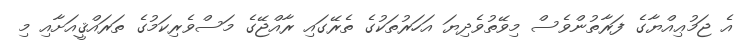
އެ ޖަމުޢިއްޔާގެ ފަރާތުންވެސް މިވޭތުވެދިޔަ އަހަރުތަކުގެ ތެރޭގައި ރާއްޖޭގެ މަސްވެރިކަމުގެ ތަރައްޤީއަށާއި މި